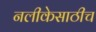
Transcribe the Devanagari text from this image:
नलीकेसाठीच